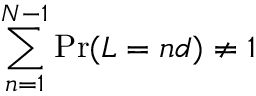
\sum _ { n = 1 } ^ { N - 1 } \operatorname* { P r } ( L = n d ) \neq 1